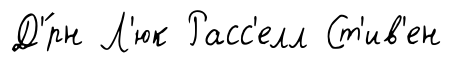
Д'́рн Л'юк Расс'елл Ст'ив'ен